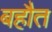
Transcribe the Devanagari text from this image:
बहौत